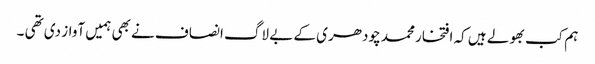
ہم کب بھولے ہیں کہ افتخار محمد چودھری کے بے لاگ انصاف نے بھی ہمیں آواز دی تھی ۔